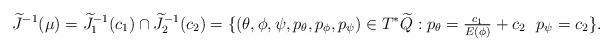
LaTeX: \begin{align*}\widetilde{J}^{-1}(\mu) = \widetilde{J}_1^{-1}(c_1) \cap \widetilde{J}_2^{-1}(c_2) = \{ (\theta,\phi,\psi,p_\theta,p_\phi,p_\psi) \in T^*\widetilde{Q} : p_\theta = \tfrac{c_1}{E(\phi)}+c_2 \ \ p_\psi=c_2 \}.\end{align*}